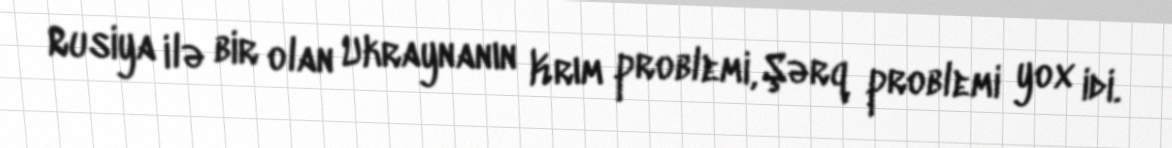
Rusiya ilə bir olan Ukraynanın Krım problemi, Şərq problemi yox idi.